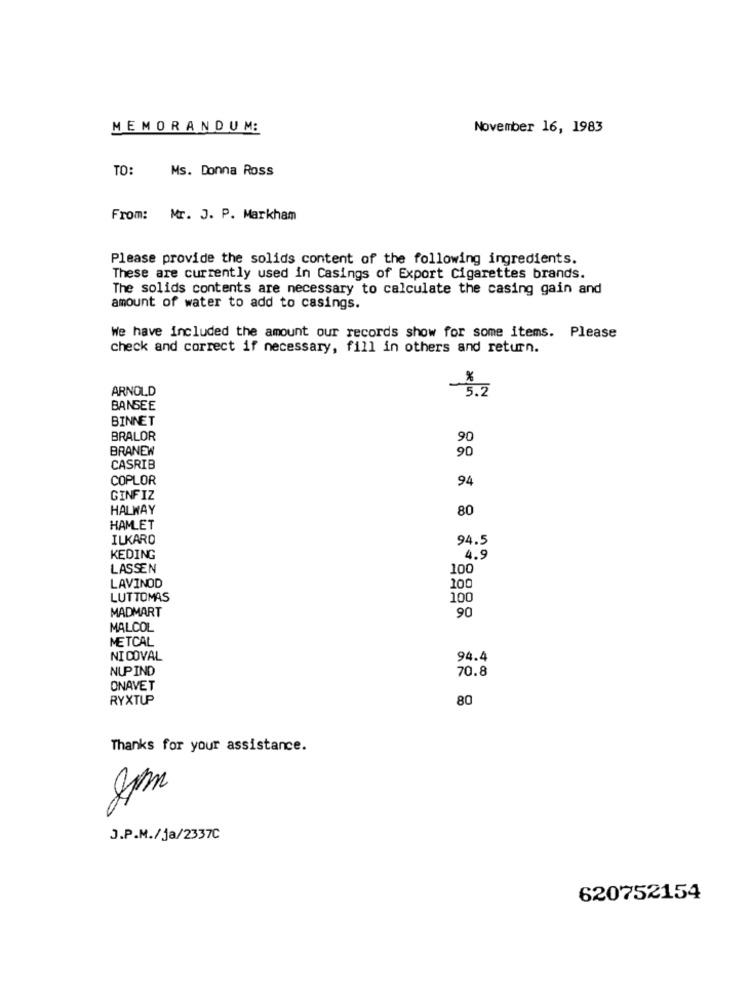
MEMORANDUM:
November 16, 1983
TO:
Ms. Donna Ross
From: Mr. J. P. Markham
Please provide the solids content of the following ingredients.
These are currently used in Casings of Export Cigarettes brands.
The solids contents are necessary to calculate the casing gain and
amount of water to add to casings.
We have included the amount our records show for some items. Please
check and correct if necessary, fill in others and return.
ARNOLD
5.2
BANSEE
BINNET
BRALOR
90
BRANEW
90
CASRIB
COPLOR
94
GINFIZ
HALWAY
80
HAMLET
ILKARO
94.5
KEDING
4.9
LASSEN
100
LAVINOD
100
LUTTOMAS
100
MADMART
90
MALCOL
METCAL
NI COVAL
94.4
NUP IND
70.8
ONAVET
RYXTUP
80
Thanks for your assistance.
J.P.M./ja/2337C
620752154